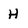
Character: H